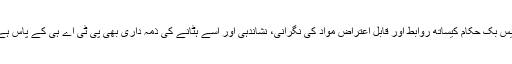
فیس بک حکام کیساتھ روابط اور قابل اعتراض مواد کی نگرانی، نشاندہی اور اسے ہٹانے کی ذمہ داری بھی پی ٹی اے ہی کے پاس ہے۔